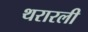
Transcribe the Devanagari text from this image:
थरारली